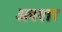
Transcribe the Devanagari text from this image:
अवशर